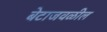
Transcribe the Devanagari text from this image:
बेटाजवळील